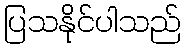
ပြသနိုင်ပါသည်